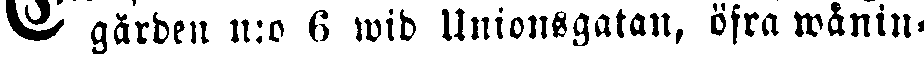
gården n:o 6 wid Unionsgatan, öfra wåning-